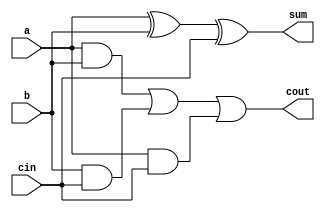
module fulladder(a, b, cin, sum, cout);

	input a;
	input b;
	input cin;
	output wire	sum;
	output cout;
		
	assign sum = a ^ b ^ cin;
							
	assign cout = (a & b) | (b & cin) | (a & cin);
	
endmodule

// add 3 inputs together
// produce a sum and a carry

// useful for adding multiple bits together
	// first 2 bits get added together
		// sum is produced with a potential carry
			// add the next two bits in addition to the carry
				// repeat